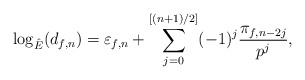
\begin{align*}\log_{\hat{E}}(d_{f, n}) = \varepsilon_{f, n} + \sum_{j=0}^{[(n+1)/2]} (-1)^j \frac{\pi_{f, n - 2j}}{p^j},\end{align*}